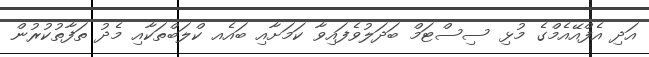
އަދި އެފްއޭއެމްގެ މުޅި ސިސްޓަމް ބަދަލުވެފައިވާ ކަމަށާއި ބައެއ ކްލަބްތަކާއި މެދު ތަފާތުކުރުން